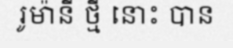
រូម៉ានី ថ្មី នោះ បាន